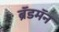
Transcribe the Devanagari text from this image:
ब्रॅडमॅन